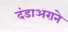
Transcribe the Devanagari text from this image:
दंडाअराने